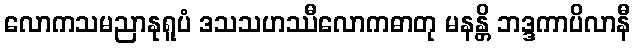
လောကသမညာနုရူပံ ဒသသဟဿီလောကဓာတု မနန္တိ ဘဒ္ဒကာပိလာနီ